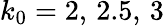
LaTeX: k_{0}=2,\, 2.5,\, 3